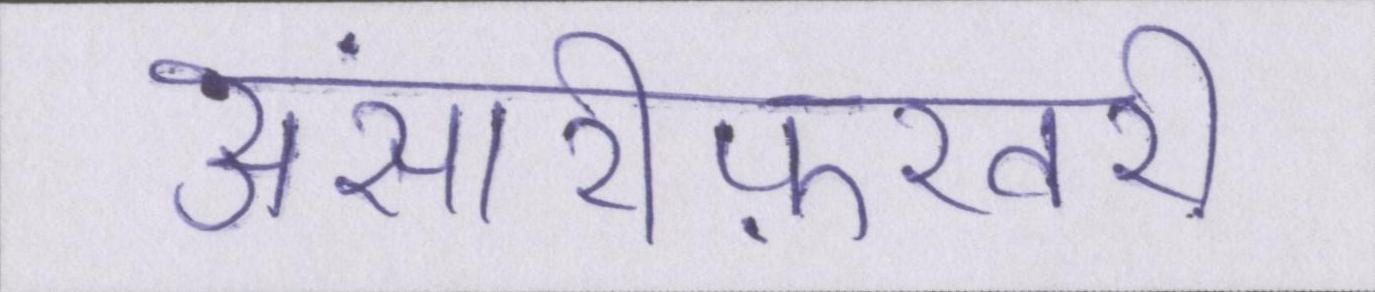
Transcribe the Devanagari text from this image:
अंसारीफ़रवरी